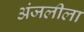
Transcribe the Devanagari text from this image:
अंजलीला